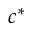
c ^ { * }